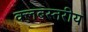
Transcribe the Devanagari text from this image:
क्लबस्तरीय